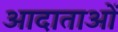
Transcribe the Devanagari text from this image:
आदाताओं